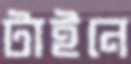
টাইনে